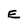
Character: E